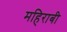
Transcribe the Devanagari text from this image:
महिराबी